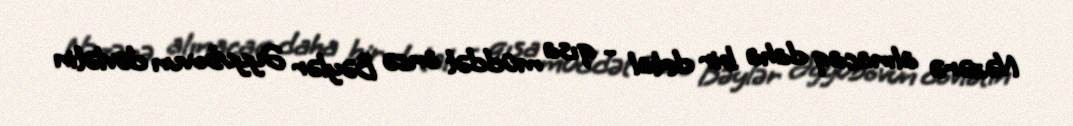
Nəzərə alınacaq daha bir detal - qısa müddət öncə Bəylər Əyyubovun dövlətin